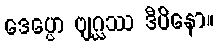
ဒေပ္ပော ဗျဂ္ဃဿ ဒီပိနော။